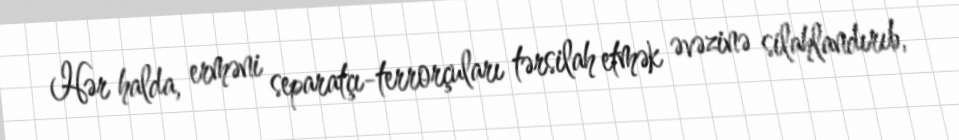
Hər halda, erməni separatçı-terrorçuları tərsilah etmək əvəzinə silahlandırıb,